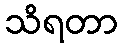
သိရတာ